Leaving Certificate Examination (including Day School Certificate (Higher) General paper), 1928
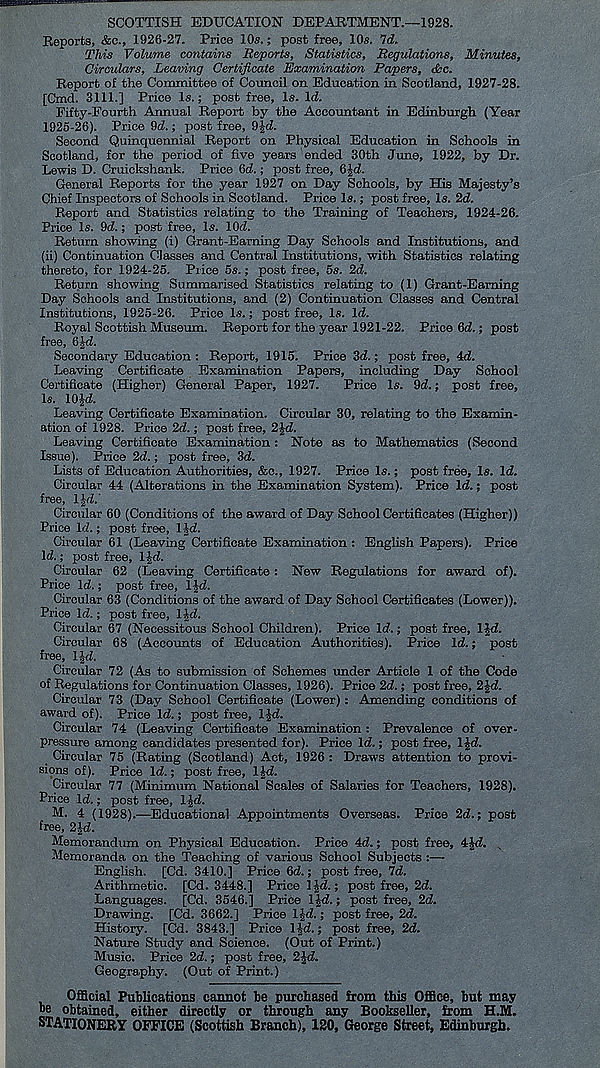
SCOTTISH EDUCATION DEPARTMENT.—1928.
Reports, &c., 1926-27. Price 10s.; post free, 10s, Id.
This Volume contains Reports, Statistics, Regulations, Minutes,
Circulars, Leaving Certificate Examination Papers, t£c.
Report of the Committee of Council on Education in Scotland, 1927-28.
[Cmd. 3111.] Price Is.; post free, Is. Id.
Fifty-Fourth Annual Report by the Accountant in Edinburgh (Year
1926-26). Price 9d.; post free, 9|d.
Second Quinquennial Report on Physical Education in Schools in
Scotland, for the period of five years ended 30th June, 1922, by Dr.
Lewis D. Cruickshank. Price 6d.; post free, 6]d.
General Reports for the year 1927 on Day Schools, by His Majesty’s
Chief Inspectors of Schools in Scotland. Price Is.; post free. Is. 2d.
Report and Statistics relating to the Training of Teachers, 1924-26.
Price Is. 9d.; post free, Is. lOd.
Return showing (i) Grant-Earning Day Schools and Institutions, and
(ii) Continuation Classes and Central Institutions, with Statistics relating
thereto, for 1924-25, Price 5s.; post free, 5s. 2d.
Return showing Summarised Statistics relating to (1) Grant-Earning
Day Schools and Institutions, and (2) Continuation Classes and Central
Institutions, 1925-26. Price Is.; post free, Is. Id.
Royal Scottish Museum. Report for the year 1921-22. Price 6d.; post
free, 6Jd.
Secondary Education : Report, 1915. Price 3d.; post free, 4d.
Leaving Certificate Examination Papers, including Day School
Certificate (Higher) General Paper, 1927.
Price Is. 9d.; post free.
Is. 10|d.
Leaving Certificate Examination. Circular 30, relating to the Examin-
ation of 1928. Price 2d.; post free, 2|d.
Leaving Certificate Examination : Note as to Mathematics (Second
Issue). Price 2d.; post free, 3d.
Lists of Education Authorities, &c., 1927. Price Is.; post free. Is. Id.
Circular 44 (Alterations in the Examination System). Price Id.; post
free, IJd.
Circular 60 (Conditions of the award of Day School Certificates (Higher))
Price Id.; post free, lid.
Circular 61 (Leaving Certificate Examination : English Papers). Price
Id.; post free, 1^-d.
Circular 62 (Leaving Certificate : New Regulations for award of).
Price Id.; post free, l |d.
Circular 63 (Conditions of the award of Day School Certificates (Lower)).
Price Id.; post free, IJd.
Circular 67 (Necessitous School Children). Price Id.; post free, IJd.
Circular 68 (Accounts of Education Authorities). Price Id.; post
free, IJd.
Circular 72 (As to submission of Schemes under Article 1 of the Code
of Regulations for Continuation Classes, 1926). Price 2d.; post free, 2Jd.
Circular 73 (Day School Certificate (Lower) : Amending conditions of
award of). Price Id.; post free, IJd.
Circular 74 (Leaving Certificate Examination: Prevalence of over-
pressure among candidates presented for). Price Id.; post free, IJd.
Circular 75 (Rating (Scotland) Act, 1926 : Draws attention to provi-
sions of). Price Id.; post free, IJd.
Circular 77 (Minimum National Scales of Salaries for Teachers, 1928).
Price Id.; post free, IJd.
M. 4 (1928).—^Educational Appointments Overseas. Price 2d.; post
free, 2Jd.
Memorandum on Physical Education. Price 4d.; post free, 4Jd.
Memoranda on the Teaching of various School Subjects :—
English. [Cd. 3410.] Price 6d.; post free, 7d.
Arithmetic. [Cd. 3448.] Price IJd.; post free, 2d.
Languages. [Cd. 3546.] Price IJd.; post free, 2d.
Drawing. [Cd. 3662.] Price IJd.; post free, 2d.
History. [Cd. 3843.] Price IJd.; post free, 2d.
Nature Study and Science. (Out of Print.)
Music. Price 2d.; post free, 2Jd.
Geography. (Out of Print.)
Official Publications cannot be purchased from this Office, but may
he obtained, either directly or through any Bookseller, from H.M.
STATIONERY OFFICE (Scottish Branch), 120, George Street, Edinburgh.